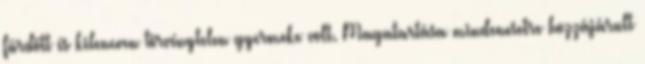
fürdött és kilencven törvénytelen gyermeke volt. Magatartása mindenesetre hozzájárult